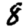
Digit: 8